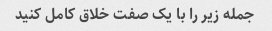
جمله زیر را با یک صفت خلاق کامل کنید